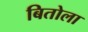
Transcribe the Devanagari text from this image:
बितोला